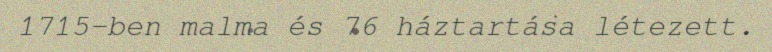
1715-ben malma és 76 háztartása létezett.